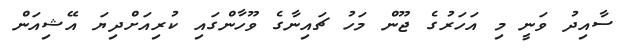
ސާއިދު ވަނީ މި އަހަރުގެ ޖޫން މަހު ޗައިނާގެ ވޫހާންގައި ކުރިއަށްދިޔަ އޭޝިއަން